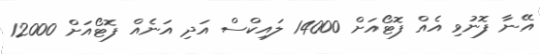
އޭނާ ފޮނުވި އެއް ފޮޓޯއަށް 14000 ލައިކްސް އަދި އަނެއް ފޮޓޯއަށް 12000